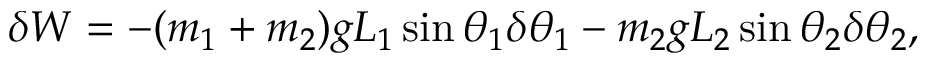
\delta W = - ( m _ { 1 } + m _ { 2 } ) g L _ { 1 } \sin \theta _ { 1 } \delta \theta _ { 1 } - m _ { 2 } g L _ { 2 } \sin \theta _ { 2 } \delta \theta _ { 2 } ,